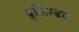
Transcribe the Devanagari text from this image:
बुलिंग्डब